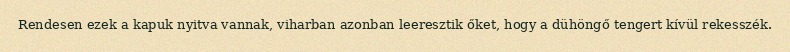
Rendesen ezek a kapuk nyitva vannak, viharban azonban leeresztik őket, hogy a dühöngő tengert kívül rekesszék.